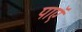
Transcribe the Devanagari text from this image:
पाएॅ